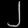
Digit: ၂